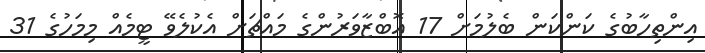
އިންތިހާބުގެ ކަންކަން ބެލުމަށް 17 އޮބްޒާވަރުންގެ މައްޗަށް އެކުލެވޭ ޓީމެއް މިމަހުގެ 31